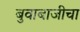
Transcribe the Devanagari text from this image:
बुवाबाजीचा